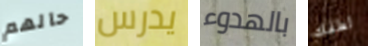
حالهم يدرس بالهدوء لطفك